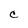
Character: C